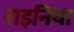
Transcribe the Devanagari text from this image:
राइनिया